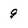
Character: 9